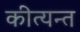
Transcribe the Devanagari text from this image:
कीत्यन्त